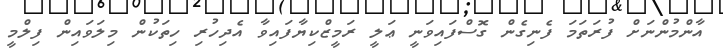
އާންމުންނަށް ފުރަތަމަ ފެނިގެން ގޮސްފައިވަނީ ޢަލީ ރަމީޒްކިޔާފައިވާ އެދިހުރި ހިތަކުން މިލަވައިން ފިލްމީ